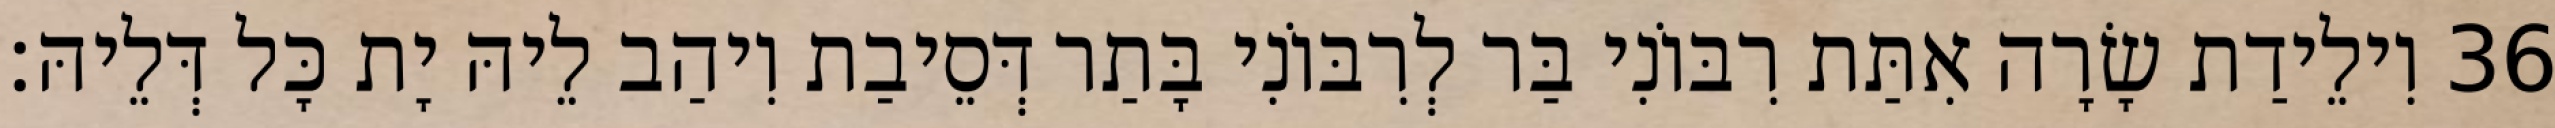
36 וִילֵידַת שָׂרָה אִתַּת רִבּוֹנִי בַּר לְרִבּוֹנִי בָּתַר דְּסֵיבַת וִיהַב לֵיהּ יָת כָּל דְּלֵיהּ׃